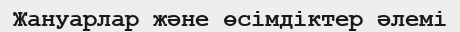
Жануарлар және өсімдіктер әлемі